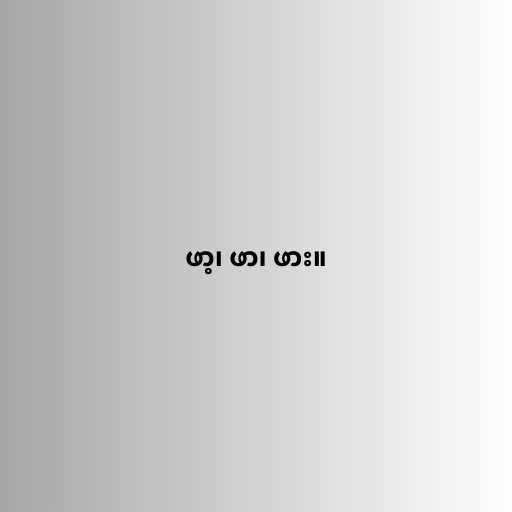
ဖာ့၊ ဖာ၊ ဖား။